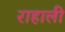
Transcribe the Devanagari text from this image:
राहाली